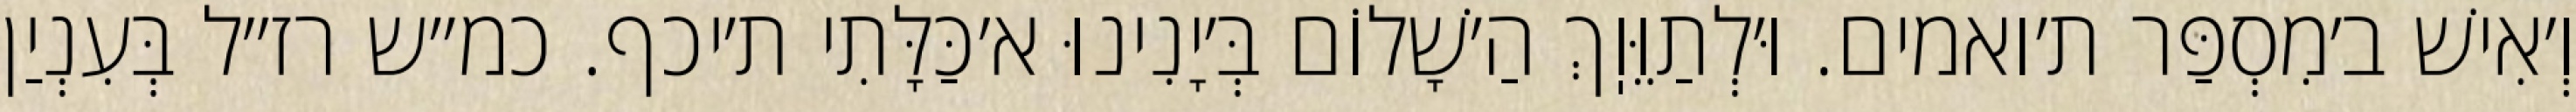
וְ׳אִישׁ ב׳מִסְפַּר ת׳ואמים. וּ׳לְתַוֵּוֽךְ הַ׳שָׁלוֹם בְּ׳יָנִינוּ א׳כַּלָּתִי ת׳יכף. כמ״ש רז״ל בְּעִנְיַן